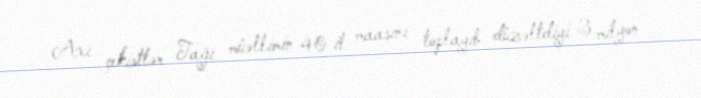
Axı çekistlər Tağı müəllimin 40 il maaşını toplayıb düzəltdiyi 3 milyon